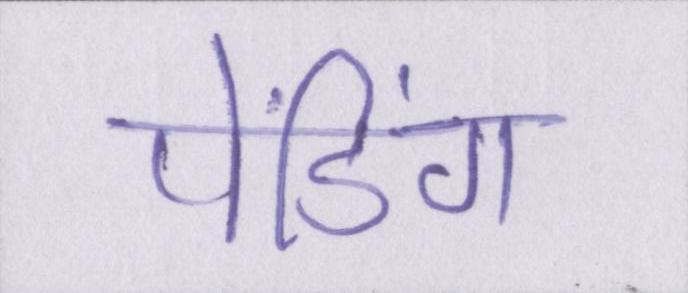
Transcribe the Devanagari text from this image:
पेंडिंग